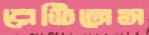
রেডিনেস